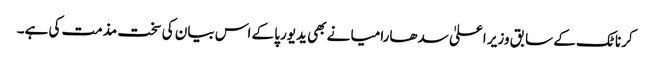
کرناٹک کے سابق وزیر اعلیٰ سدھارامیا نے بھی یدیورپا کے اس بیان کی سخت مذمت کی ہے۔